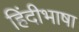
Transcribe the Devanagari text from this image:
हिंदीभाषा